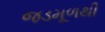
જડમૂળથી